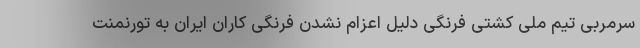
سرمربی تیم ملی کشتی فرنگی دلیل اعزام نشدن فرنگی کاران ایران به تورنمنت